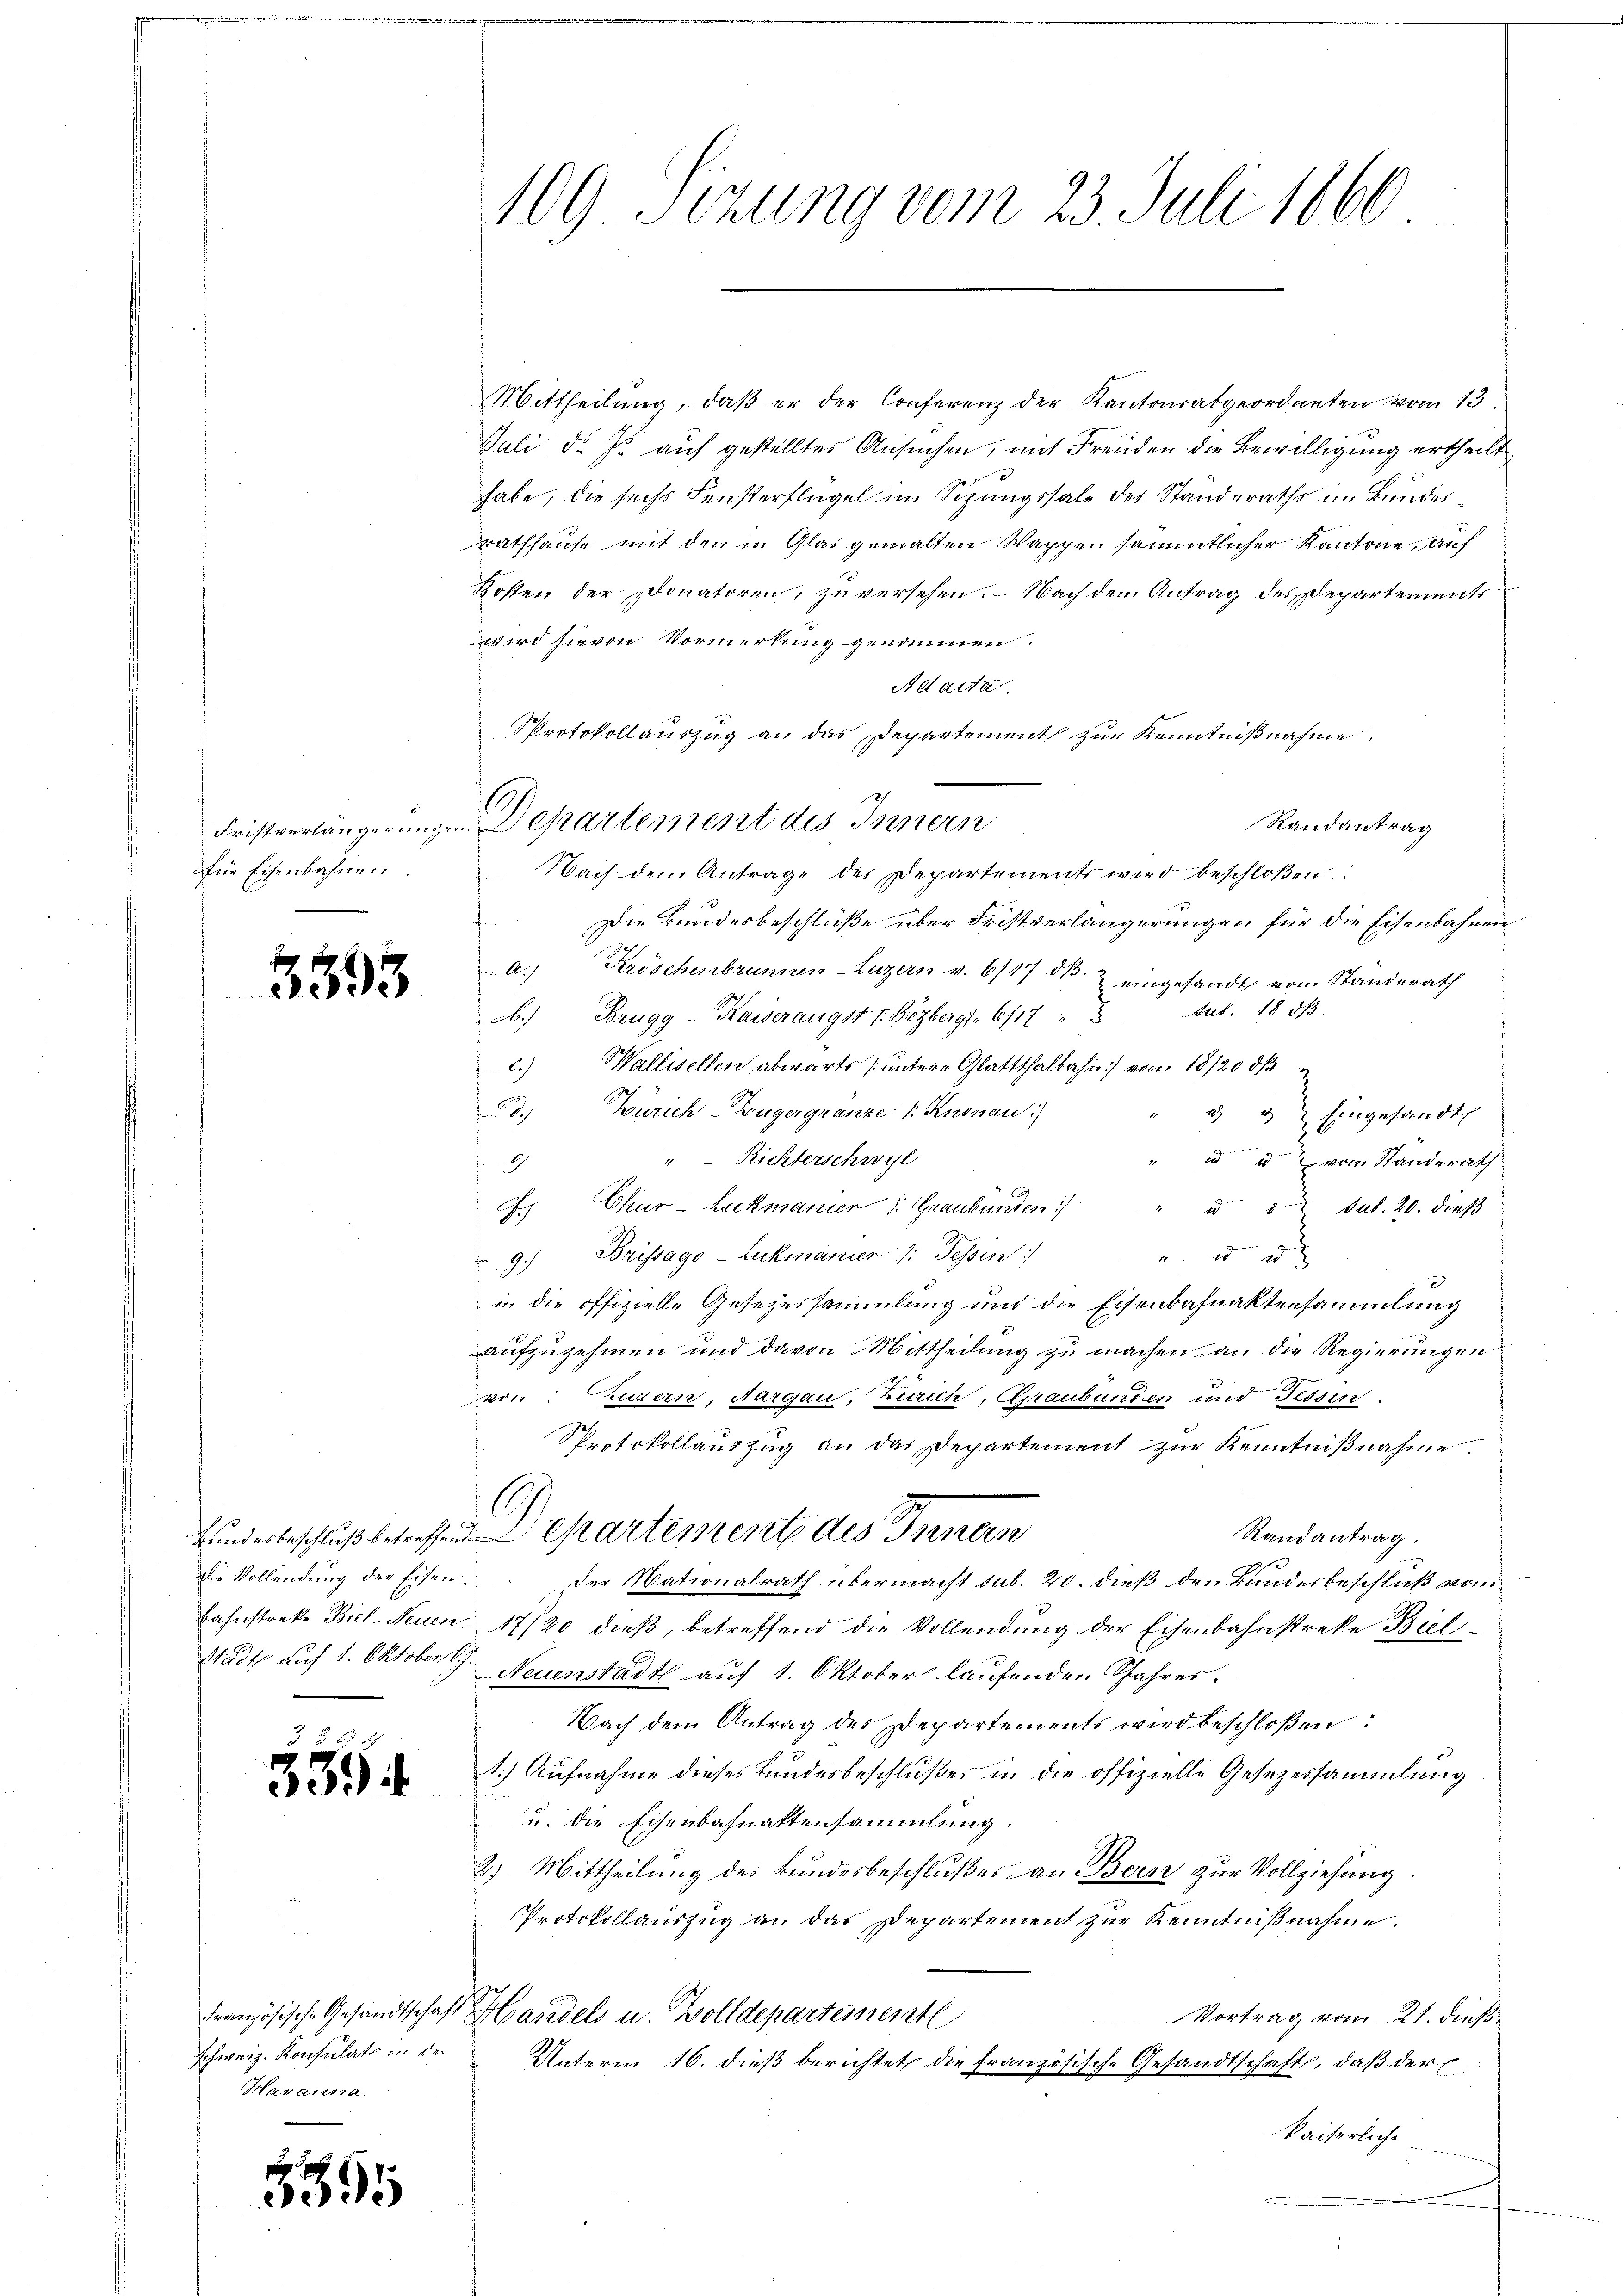
Fristverlängerunge.
für Eisenbahnen

3593

die Vollendung der Eisen.

5594

schweiz. Konsulats in der
Havanna.

5395

109 Sizung vom 23. Juli 1860

.

Mittheilung, daß er der Conferenz der Kantonsabgeordneten vom 13.
Juli d. Js auf gestelltes Ansuchen, mit Freuden die Bewilligung ertheilt
habe, die sechs Fensterflügel im Sizungssale des Standeraths im Bundes
Rathhause mit den in Glas gemalten Wappen sämmtlicher Kantone, auf
Kosten der Donatoren, zu versehen. – Nach dem Antrag des Departements
wird hievon Vormerkung genommen.
Ad acta.
Protokollauszug an das Departement zur Kenntnißnahme.
epartement des Innern
Randantrag
Nach dem Antrage der Departements wird beschloßen:
Die Bundesbeschlüße über Fristverlängerungen für die Eisenbahnen
A.) Kröschenbrunnen-Luzern v. 6/17 dk. & eingesandt vom Standerath
b.) Brugg - Kaiserangst v. Bözberg. 617 " 3 Art. 18 d.
c.) Wallisellen abwärts (untere Glattthalbahn vom 18/20 d
d. Zürich-Bügergnanze 1. Knonau)
" u 3 Eingesandt
" in vom Standerath
" Richterschwyl
9
. Chur-Luckmanier 1. Graubünden " " " 2 sub. 20. dieβ
 2 x
9. Brissago-Lukmanier : Tessin
in die offizielle Gesezessammlung und die Eisenbahnaktensammlung
aufzuzehmen und davon Mittheilung zu machen an die Regierungen
von: Luzern, Aargau, Zürich, Graubünden und Fessen.
Sprotokollauszug an das Departement zur Kenntnißnahme.
s
kundesbeschluß betreffend Kartement des Innern
Randantrag.
Der Nationalrath übermacht sub. 20. dieß den Bundesbeschluß vom
Bahnstreke Biel-Neuen 17/20 dieß, betreffend die Vollendung der Eisenbahnstreke Biel
21234 auf 1. Oktober J. Neuenstadt auf 1. Oktober laufenden Jahres.
Nach dem Antrag der Departements wird beschloßen:
1.) Aufnahme dieses Bundesbeschlußes in die offizielle Gesezessammlung
u. die Eisenbahnattensammlung.
2) Mittheilung des Bundesbeschlußes an Bern zur Vollziehung.
Protokollauszug an das Departement zur Kenntnißnahme:
Französische Gesandtschaft Handels u. Wolldepartementl
Vortrag vom 21. dieß
Unterm 16. dieß berichtet die französisch-Gesandtschaft, daß der E
kaiserliche